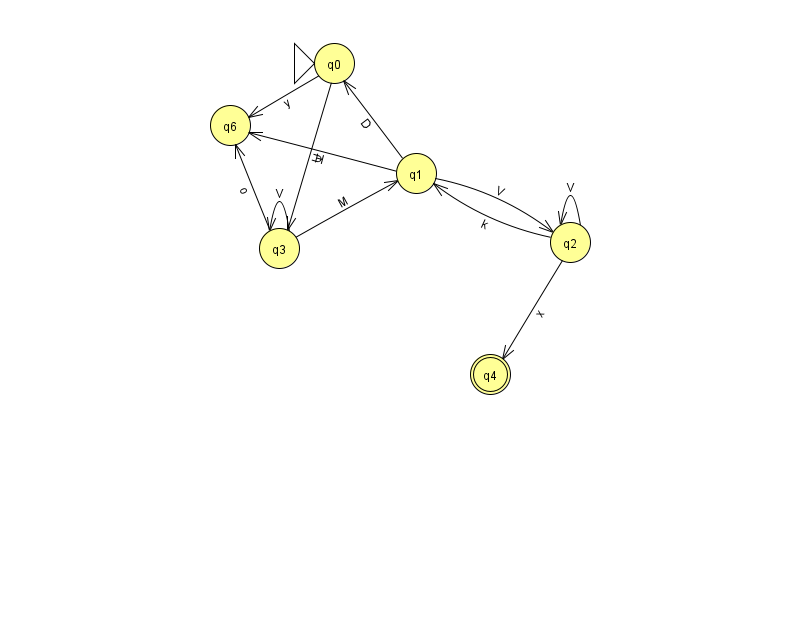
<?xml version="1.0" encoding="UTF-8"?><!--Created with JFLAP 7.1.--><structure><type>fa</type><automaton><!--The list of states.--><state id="0" name="q0"><x>334.0</x><y>50.0</y><initial/></state><state id="1" name="q1"><x>416.0</x><y>160.0</y></state><state id="2" name="q2"><x>570.0</x><y>229.0</y></state><state id="3" name="q3"><x>279.0</x><y>235.0</y></state><state id="4" name="q4"><x>490.0</x><y>361.0</y><final/></state><state id="6" name="q6"><x>230.0</x><y>112.0</y></state><!--The list of transitions.--><transition><from>2</from><to>4</to><read>x</read></transition><transition><from>3</from><to>6</to><read>o</read></transition><transition><from>1</from><to>0</to><read>D</read></transition><transition><from>1</from><to>2</to><read>V</read></transition><transition><from>2</from><to>2</to><read>V</read></transition><transition><from>3</from><to>1</to><read>M</read></transition><transition><from>3</from><to>3</to><read>V</read></transition><transition><from>2</from><to>1</to><read>k</read></transition><transition><from>0</from><to>6</to><read>y</read></transition><transition><from>1</from><to>6</to><read>H</read></transition><transition><from>0</from><to>3</to><read>U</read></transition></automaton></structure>